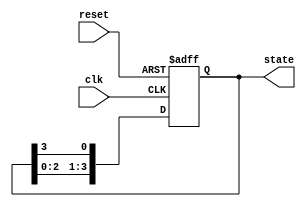
module ring_counter (
    input wire clk,        // Clock input
    input wire reset,      // Asynchronous reset input
    output reg [3:0] state // 4-bit state output
);

// State encoding for a 4-bit ring counter
// Initial state is 0001 (only the first flip-flop is set)
always @(posedge clk or posedge reset) begin
    if (reset) begin
        // Asynchronous reset: Set state to 0001
        state <= 4'b0001;
    end else begin
        // Shift the '1' through the flip-flops
        state <= {state[2:0], state[3]}; // Shift left and wrap around
    end
end

endmodule